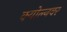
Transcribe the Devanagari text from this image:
क्योल्नवर